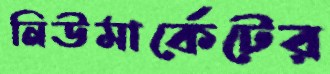
নিউমার্কেটের